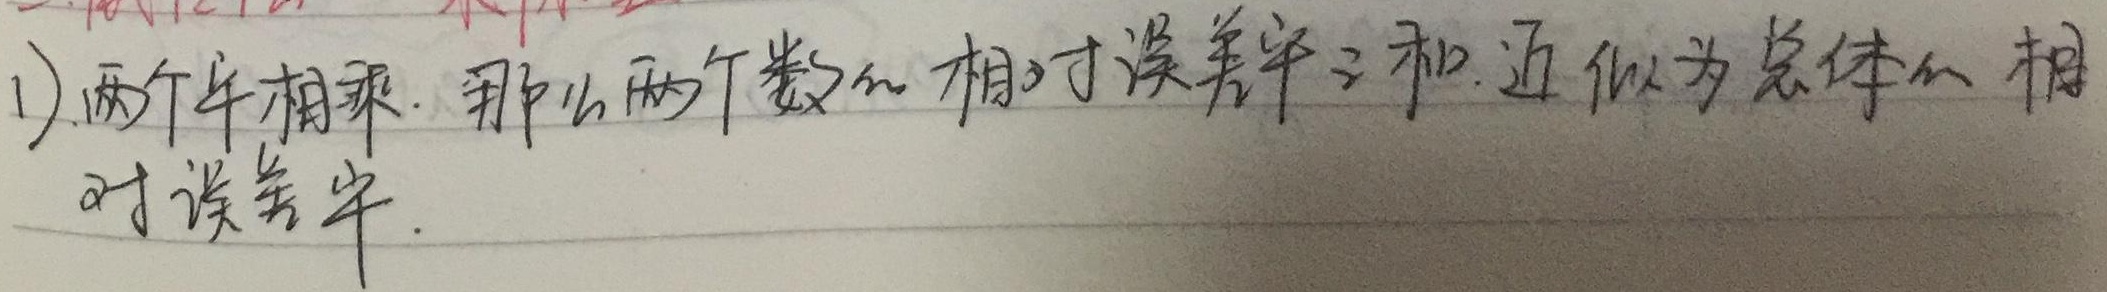
1) 两个数相乘. 那么两个数的相对误差平方和, 近似为总体的相对误差平方.